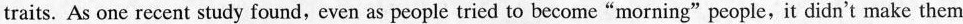
traits. As one recent study found, even as people tried to become “morning”people, it didn't make them